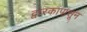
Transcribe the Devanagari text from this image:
द्वारकापासून